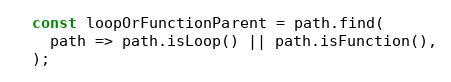
Language: JavaScript
  const loopOrFunctionParent = path.find(
    path => path.isLoop() || path.isFunction(),
  );